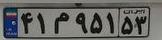
۴۱م۹۵۱۵۳